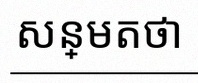
សន្មតថា x ជាចំនួនពិត